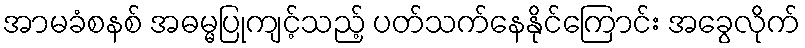
အာမခံစနစ် အဓမ္မပြုကျင့်သည့် ပတ်သက်နေနိုင်ကြောင်း အခွေလိုက်